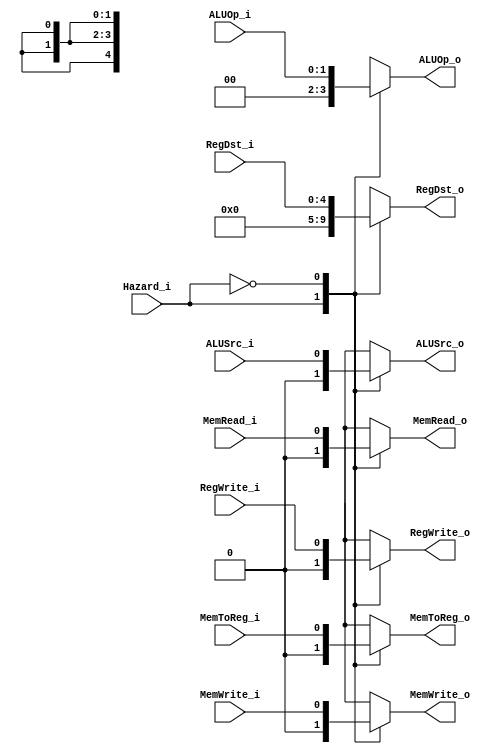
module MUX_Control(
    Hazard_i, 
    RegDst_i,  
    ALUOp_i, 
    ALUSrc_i,  
    RegWrite_i, 
    MemToReg_i, 
    MemRead_i,
    MemWrite_i,
    RegDst_o,  
    ALUOp_o, 
    ALUSrc_o,  
    RegWrite_o, 
    MemToReg_o, 
    MemRead_o,
    MemWrite_o,  
);

input	[1:0]	ALUOp_i;
input 	[4:0]	RegDst_i;
input	Hazard_i, ALUSrc_i, RegWrite_i, MemToReg_i, MemRead_i, MemWrite_i; 

output	reg [1:0]	ALUOp_o;
output 	reg [4:0]	RegDst_o;
output	reg ALUSrc_o, RegWrite_o, MemToReg_o, MemRead_o, MemWrite_o; 

always@(*)begin
    case(Hazard_i)
    1'b1 : begin
    RegDst_o <= 4'b0000;  
    ALUOp_o <= 2'b00;
    ALUSrc_o <= 1'b0; 
    RegWrite_o <= 1'b0;
    MemToReg_o <= 1'b0;
    MemRead_o <= 1'b0;
    MemWrite_o <= 1'b0;
    end

    1'b0 : begin
    RegDst_o <= RegDst_i;  
    ALUOp_o <= ALUOp_i;
    ALUSrc_o <= ALUSrc_i; 
    RegWrite_o <= RegWrite_i;
    MemToReg_o <= MemToReg_i;
    MemRead_o <= MemRead_i;
    MemWrite_o <= MemWrite_i;
    end

    default : begin
    RegDst_o <= RegDst_i;  
    ALUOp_o <= ALUOp_i;
    ALUSrc_o <= ALUSrc_i; 
    RegWrite_o <= RegWrite_i;
    MemToReg_o <= MemToReg_i;
    MemRead_o <= MemRead_i;
    MemWrite_o <= MemWrite_i;
    end

    endcase

end
endmodule